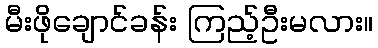
မီးဖိုချောင်ခန်း ကြည့်ဦးမလား။